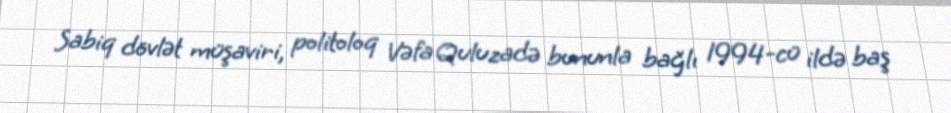
Sabiq dövlət müşaviri, politoloq Vəfa Quluzadə bununla bağlı 1994-cü ildə baş